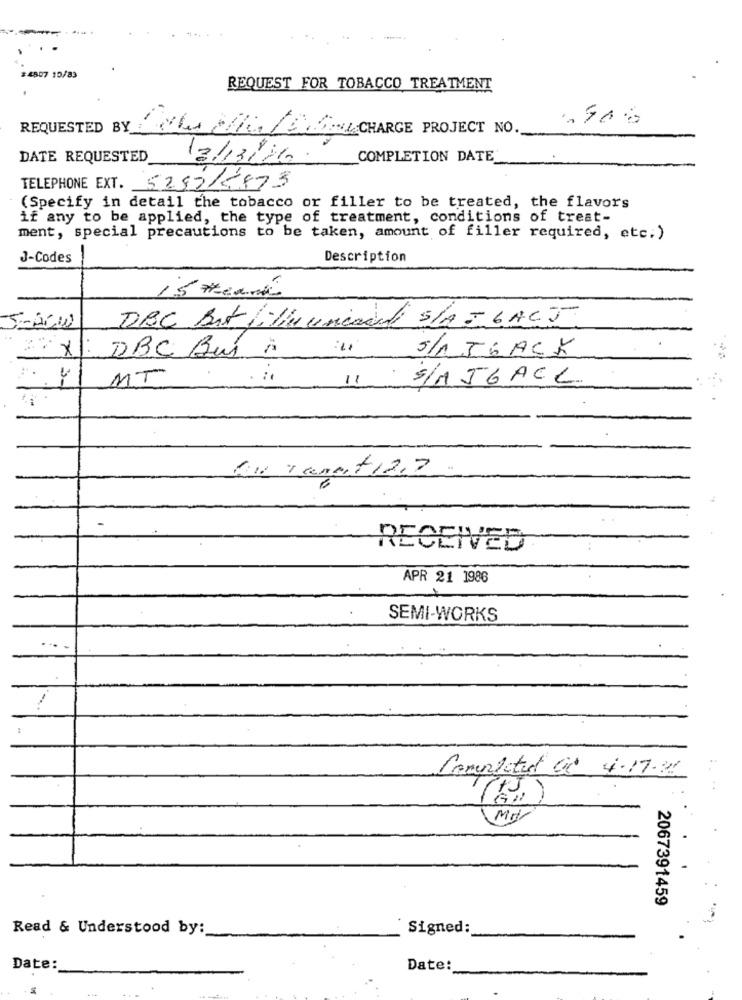
#4507 10/83
REQUEST FOR TOBACCO TREATMENT
REQUESTED BY COLORLESS CHARGE PROJECT NO.
DATE REQUESTED
13/13/20
COMPLETION DATE
TELEPHONE EXT. 5252/5873
(Specify in detail the tobacco or filler to be treated, the flavors
if any to be applied, the type of treatment, conditions of treat-
ment, special precautions to be taken, amount of filler required, etc.)
J-Codes
Description
15 #dama
DBC Bit filin unicait S/A = CACT
×
s/n JBACK
DBC Bus A
MT
11
S/A 56ACL
6. Tamat 12.7
RECEIVED
APR 21 1986
SEMI-WORKS
Completed OR 4.17.8
:. ..
/
My
2067391459
Read & Understood by:
Signed:
Date:
Date: